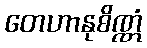
တေဟာနုစိဏ္ဏံ